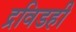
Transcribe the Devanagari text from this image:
द्रविडही